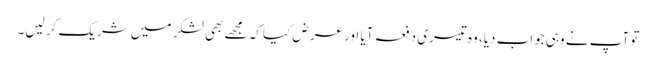
تو آپ نے وہی جواب دیا، وہ تیسری دفعہ آیا اور عرض کیا کہ مجھے بھی لشکر میں شریک کر لیں۔